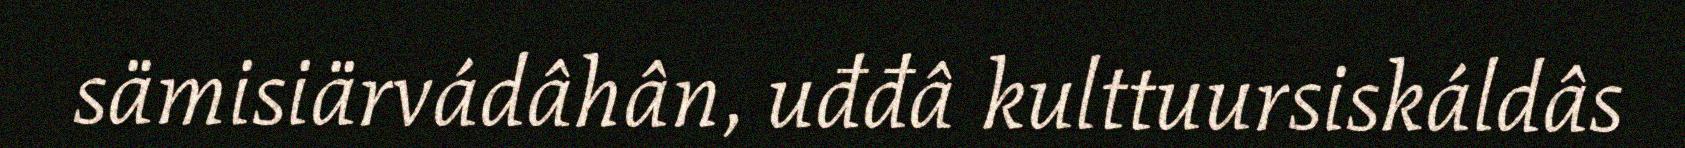
sämisiärvádâhân, uđđâ kulttuursiskáldâs